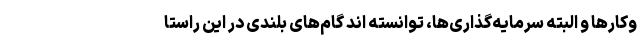
وکارها و البته سرمایه‌گذاری‌ها، توانسته اند گام‌های بلندی در این راستا